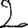
Digit: 2